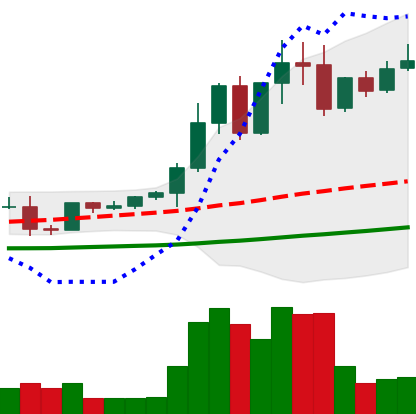
Ticker: EOS-USD
Chart end date: 2021-04-11
Forward return: 26.546%
Label: up_7plus